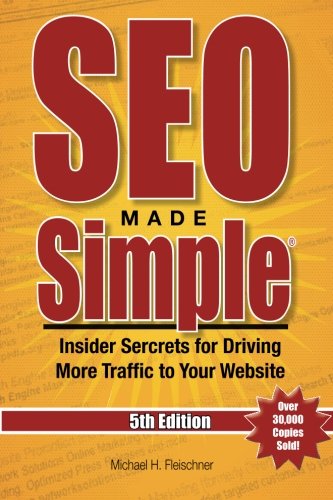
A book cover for SEO Made SimpleÂ® (5th Edition) for 2016: Insider Secrets For Driving More Traffic To Your Website (Volume 5); Mr. Michael H Fleischner; Computers & Technology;